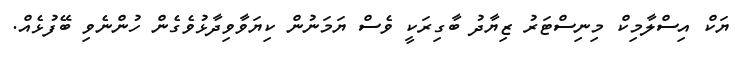
ޔަކް އިސްލާމިކް މިނިސްޓަރު ޒިޔާދު ބާގިރަކީ ވެސް ޔަމަނުން ކިޔަވާވިދާޅުވެގެން ހުންނެވި ބޭފުޅެއް.